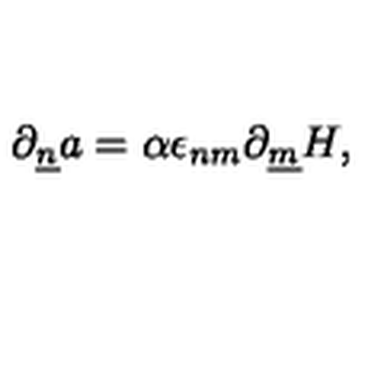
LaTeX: \partial _ { \underline { { n } } } a = \alpha \epsilon _ { n m } \partial _ { \underline { { m } } } H ,